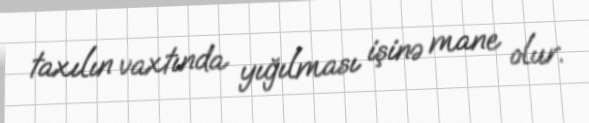
taxılın vaxtında yığılması işinə mane olur.